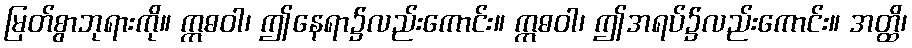
မြတ်စွာဘုရားကို။ ဣဓဝါ၊ ဤနေရာ၌လည်းကောင်း။ ဣဓဝါ၊ ဤအရပ်၌လည်းကောင်း။ အတ္ထိ၊